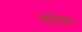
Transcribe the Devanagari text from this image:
अदोयात